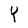
Character: Y